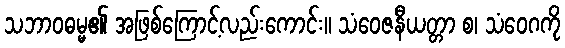
သဘာဝဓမ္မ၏ အဖြစ်ကြောင့်လည်းကောင်း။ သံဝေဇနီယတ္တာ စ၊ သံဝေဂကို